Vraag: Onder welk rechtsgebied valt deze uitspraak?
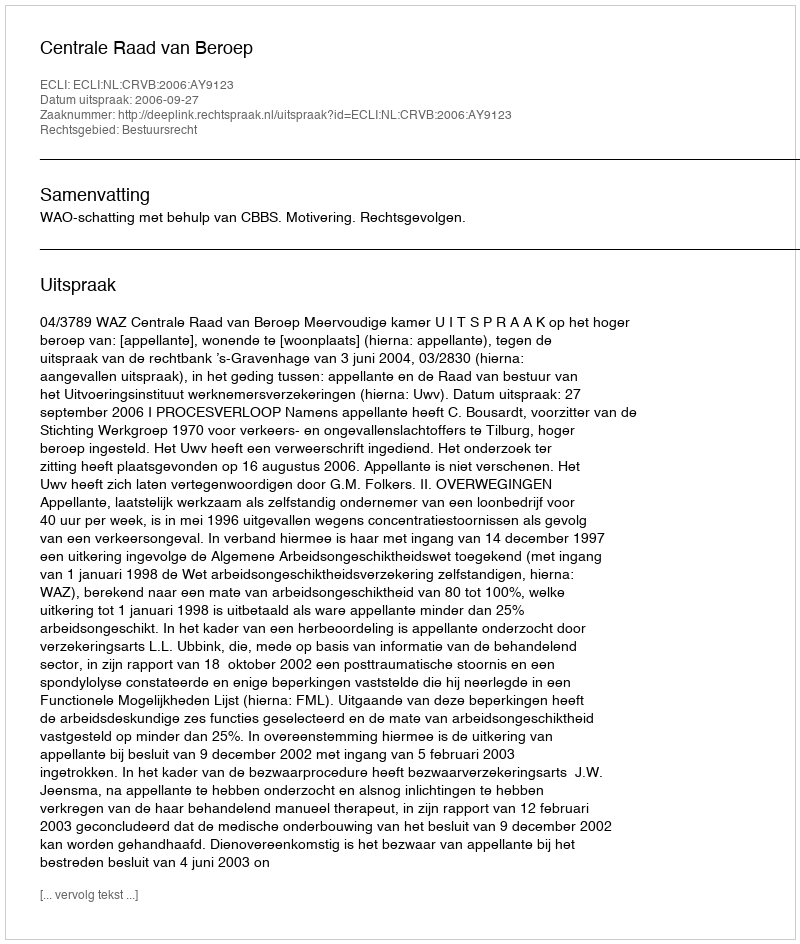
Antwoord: Bestuursrecht